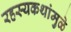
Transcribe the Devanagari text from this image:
रहस्यकथांमुळे